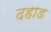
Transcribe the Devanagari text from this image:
दहाड